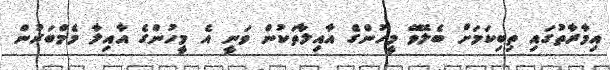
އިމާރާތުގައި ތިބިކަމަށް ބެލޭވޭ މީހުންގެ އާއިލާތަކުން ވަނީ އެ މީހުންގެ އާއިލާ މެމްބަރުން